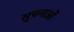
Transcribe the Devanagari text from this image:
सुचनाओं